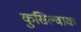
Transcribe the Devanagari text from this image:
कुसिल्वाक